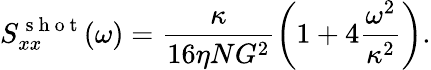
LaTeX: S_{xx}^{\mathrm{~s~h~o~t~}}(\omega)=\frac{\kappa}{16\eta NG^{2}}\left(1+4\frac{\omega^{2}}{\kappa^{2}}\right).